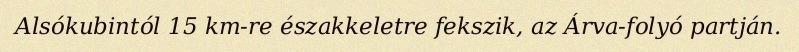
Alsókubintól 15 km-re északkeletre fekszik, az Árva-folyó partján.